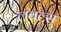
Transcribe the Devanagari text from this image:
लवल्स्